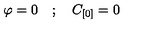
\varphi = 0 \quad ; \quad C _ { [ 0 ] } = 0